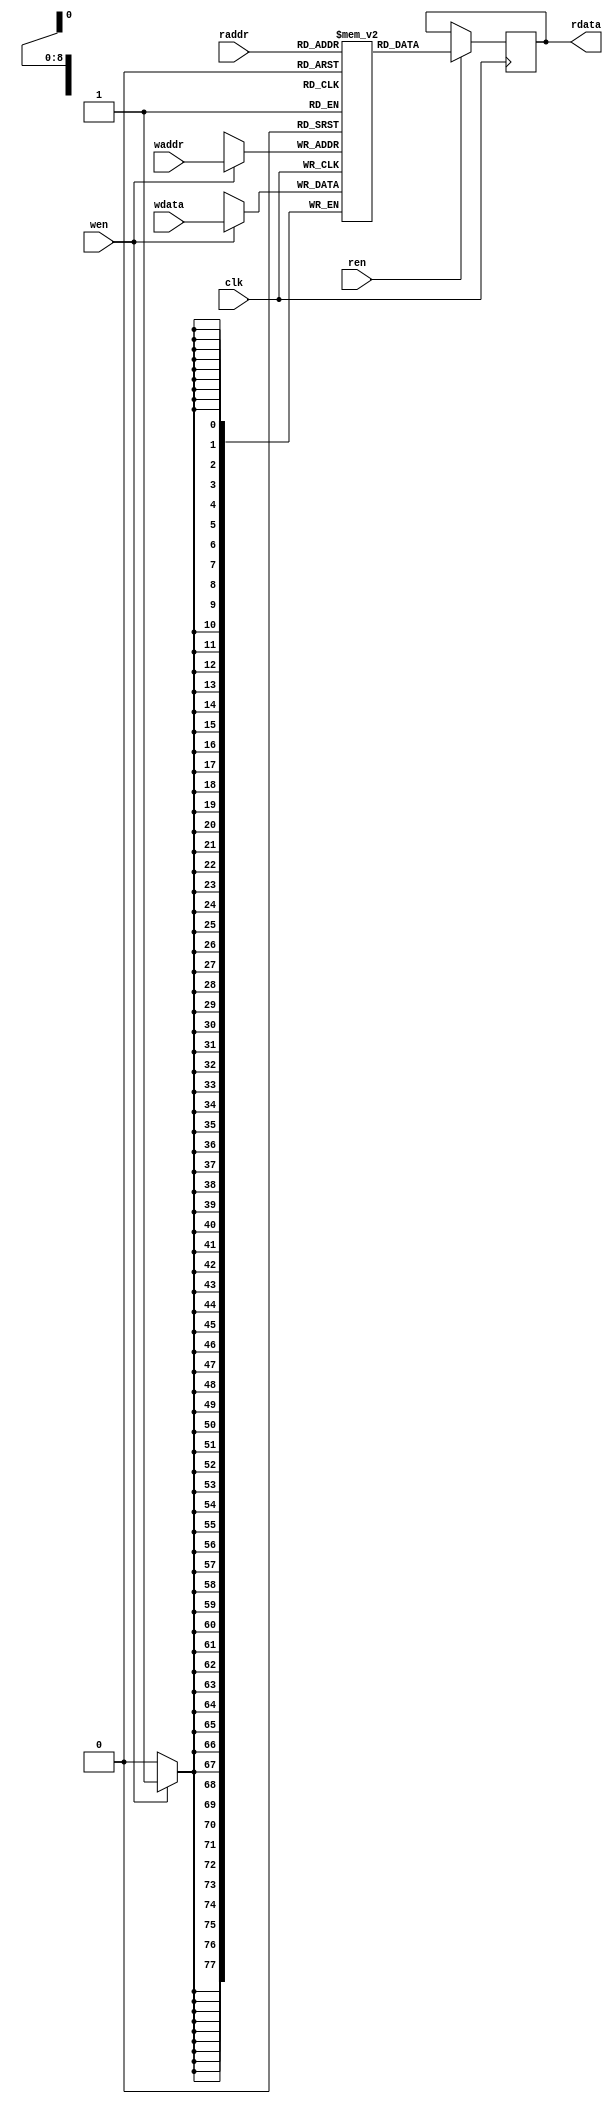
/*
 *                              .--------------. .----------------. .------------.
 *                             | .------------. | .--------------. | .----------. |
 *                             | | ____  ____ | | | ____    ____ | | |   ______ | |
 *                             | ||_   ||   _|| | ||_   \  /   _|| | | .' ___  || |
 *       ___  _ __   ___ _ __  | |  | |__| |  | | |  |   \/   |  | | |/ .'   \_|| |
 *      / _ \| '_ \ / _ \ '_ \ | |  |  __  |  | | |  | |\  /| |  | | || |       | |
 *       (_) | |_) |  __/ | | || | _| |  | |_ | | | _| |_\/_| |_ | | |\ `.___.'\| |
 *      \___/| .__/ \___|_| |_|| ||____||____|| | ||_____||_____|| | | `._____.'| |
 *           | |               | |            | | |              | | |          | |
 *           |_|               | '------------' | '--------------' | '----------' |
 *                              '--------------' '----------------' '------------'
 *
 *  openHMC - An Open Source Hybrid Memory Cube Controller
 *  (C) Copyright 2014 Computer Architecture Group - University of Heidelberg
 *  www.ziti.uni-heidelberg.de
 *  B6, 26
 *  68159 Mannheim
 *  Germany
 *
 *  Contact: openhmc@ziti.uni-heidelberg.de
 *  http://ra.ziti.uni-heidelberg.de/openhmc
 *
 *   This source file is free software: you can redistribute it and/or modify
 *   it under the terms of the GNU Lesser General Public License as published by
 *   the Free Software Foundation, either version 3 of the License, or
 *   (at your option) any later version.
 *
 *   This source file is distributed in the hope that it will be useful,
 *   but WITHOUT ANY WARRANTY; without even the implied warranty of
 *   MERCHANTABILITY or FITNESS FOR A PARTICULAR PURPOSE.  See the
 *   GNU Lesser General Public License for more details.
 *
 *   You should have received a copy of the GNU Lesser General Public License
 *   along with this source file.  If not, see <http://www.gnu.org/licenses/>.
 *
 *
 *  Module name: openhmc_ram
 *
 */

`default_nettype none

module openhmc_ram #(
        parameter DATASIZE  = 78,   // Memory data word width
        parameter ADDRSIZE  = 9,    // Number of memory address bits
        parameter PIPELINED = 0     
    ) (
        //----------------------------------
        //----SYSTEM INTERFACE
        //----------------------------------
        input wire                  clk,

        //----------------------------------
        //----Signals
        //----------------------------------
        input wire                  wen,
        input wire [DATASIZE-1:0]   wdata,
        input wire [ADDRSIZE-1:0]   waddr,
        input wire                  ren,
        input wire [ADDRSIZE-1:0]   raddr,
        output wire [DATASIZE-1:0]  rdata
    );

//=====================================================================================================
//-----------------------------------------------------------------------------------------------------
//---------WIRING AND SIGNAL STUFF---------------------------------------------------------------------
//-----------------------------------------------------------------------------------------------------
//=====================================================================================================

    wire [DATASIZE-1:0] rdata_ram;

    generate
        if (PIPELINED == 0)
        begin
            assign rdata    = rdata_ram;
        end
        else
        begin
            reg [DATASIZE-1:0]  rdata_dly;
            reg                 ren_dly;

            assign rdata    = rdata_dly;

            always @(posedge clk)
            begin
                ren_dly         <= ren;

                if (ren_dly)
                    rdata_dly   <= rdata_ram;
            end
        end
    endgenerate

    reg [DATASIZE-1:0]  MEM [0:(2**ADDRSIZE)-1];

    reg [DATASIZE-1:0]  data_out;

    assign rdata_ram = data_out;

    always @(posedge clk)
    begin
        if (wen)
            MEM[waddr]  <= wdata;
    end

    always @(posedge clk)
    begin
        if (ren)
            data_out    <= MEM[raddr];
    end

endmodule

`default_nettype wire